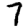
Digit: 7